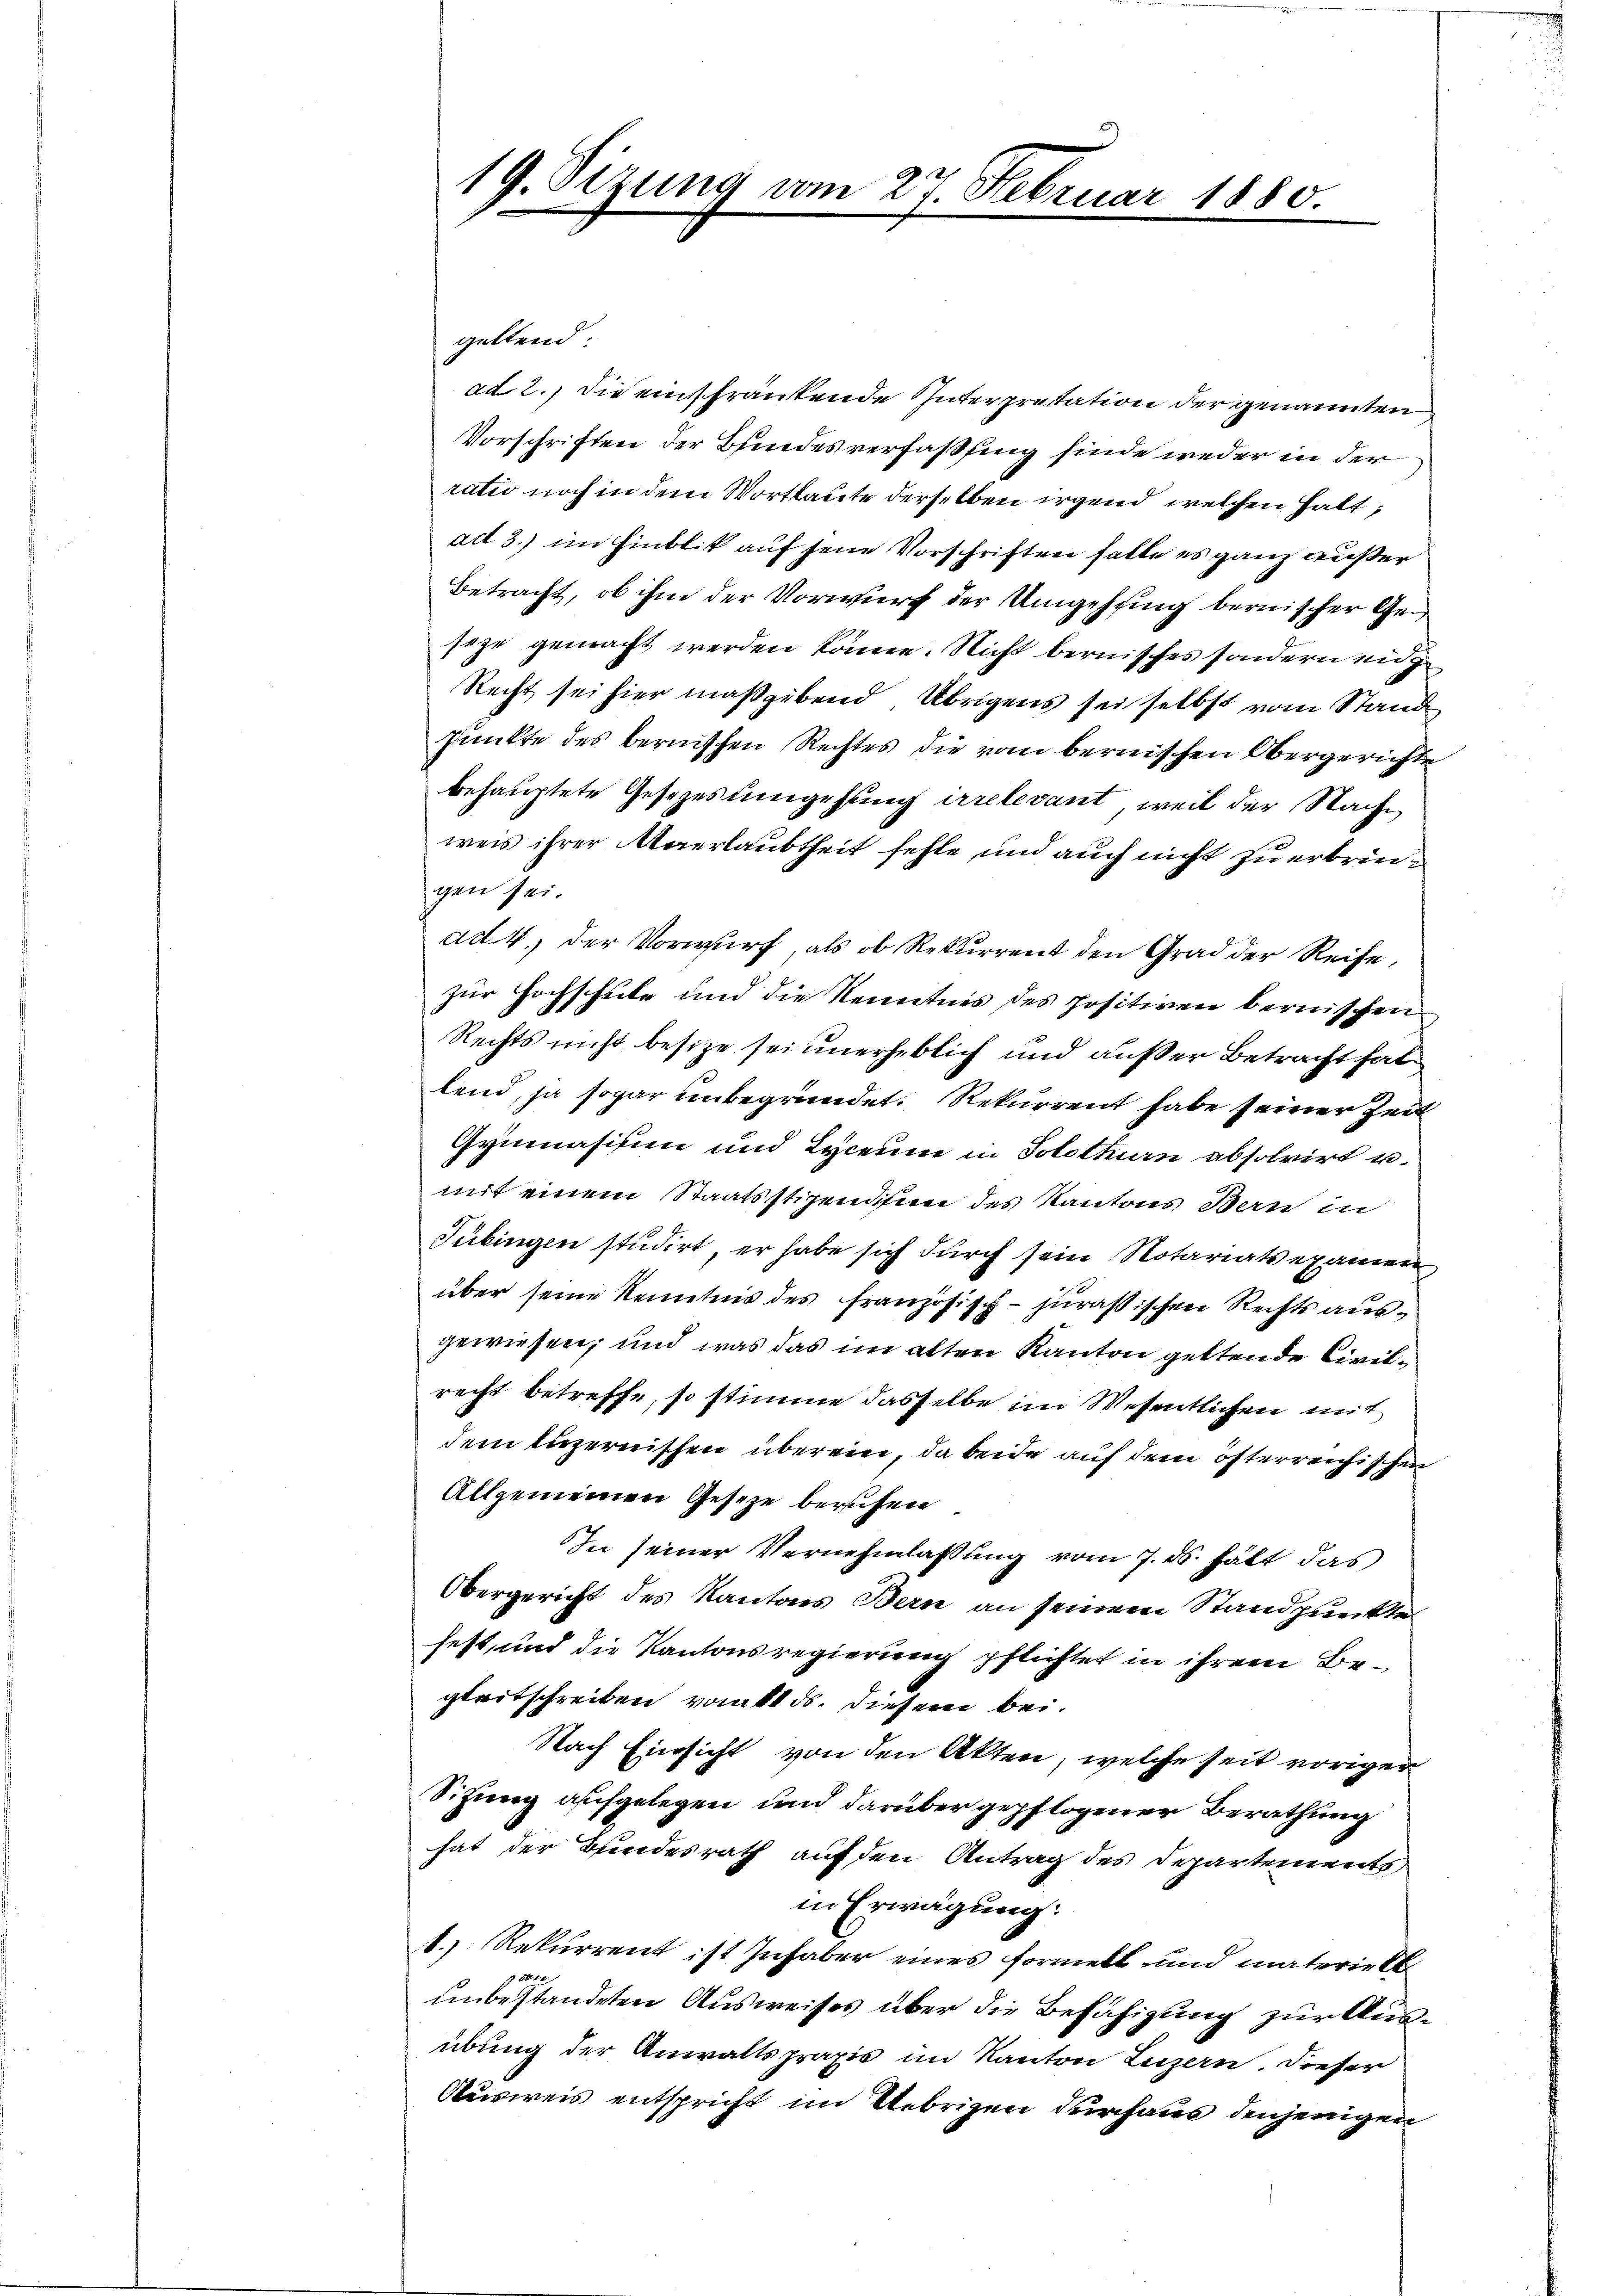
19. Sizung vom 22 Februar

1880

geltend
ad 2.) Die einschränkende Interpretation der genannten
Vorschriften der Bundesverfassung finde weder in der
ratio noch in dem Wortlaute derselben irgend welchen halt,
ad 3.) im Hinblik auf seine Vorschriften falle es ganz außer
Betracht, ob ihm der Vorwurf der Umgehung bernischer Geseye gemacht werden könne. Nicht bernisches sondern eig
Recht sei hier maßgebend, Übrigens sei selbst vom Stand
punkte des bernischen Rechtes die vom bernischen Obergerichte
behauptete Gesezes umgehung irrelevant, weil der Nachweis ihrer verlaubtheit fehle und auch nicht zu erbringen sei.
ad. 4. der Vorwurf, als ob Rekurrent den Grad der Reise,
zur Hochschule und die Kenntnis des positiven bernischen
Rechts nicht besitze sei unerheblich und außer Betracht hab
lend, ja sogar unbegründet. Rekurrent habe seiner Zeit
Gymnasisen und Lyceum in Solothurn absolvirt u.
mit einem Staatsstizenden des Kantons Bern in
Tübingen studirt, er habe sich durch sein Notariatsexamen
über seine Kenntnis des Französisch-juräßischen Rechts ausgewiesen, und was das im alten Kanton geltende Civilrecht betreffe, so stimme dasselbe im Wesentlichen mit
dem luzernischen überein, da beide auf dem österreichischen
Allgemeinen Gesetze berufen
In seiner Vernehmlassung vom 7. ds. hält das
Obergericht des Kantons Bern an seinem Standpunkte
fest, und die Kantonsregierung pflichtet in ihrem Begleitschreiben vom 11 ds. diesem bei.
Nach Einsicht von den Akten, welche seit vorigen
Sitzung aufgelegen und darüber gepflogener Berathung
hat der Bundesrath auf den Antrag des Departements
in Erwägung:
1.) Rekurrent ist Inhaber eines formelt und materiel

unbestandeten Ausweises über die Befähigung zur Ausübung der Anwaltspraxis im Kanton Luzern. Dieser
Ausweis entspricht im Uebrigen durchaus denjenigen